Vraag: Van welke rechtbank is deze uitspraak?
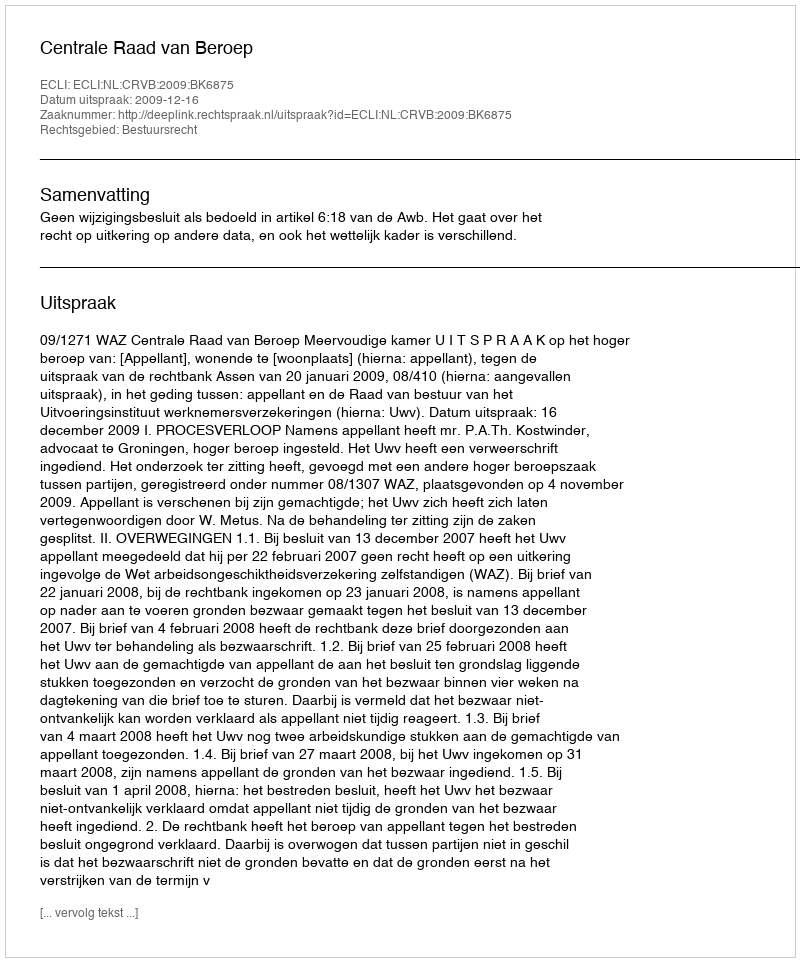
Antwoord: Centrale Raad van Beroep